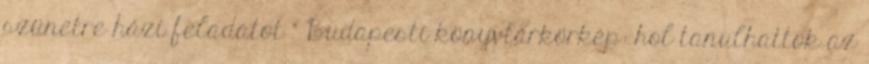
szünetre házi feladatot " Budapesti könyvtárkörkép: hol tanulhattok az